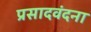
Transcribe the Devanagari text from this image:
प्रसादवंदना